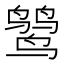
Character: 𪉓